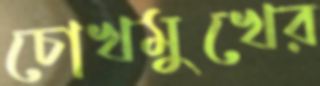
চোখমুখের